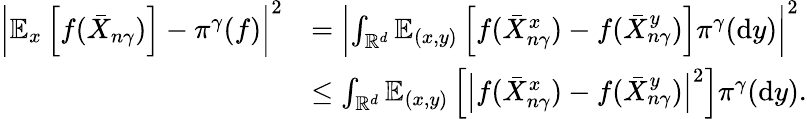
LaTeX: \begin{array}{rl}{\left|\mathbb{E}_{x}\left[f(\bar{X}_{n\gamma})\right]-\pi^{\gamma}(f)\right|^{2}}&{=\left|\int_{\mathbb{R}^{d}}\mathbb{E}_{(x,y)}\left[f(\bar{X}_{n\gamma}^{x})-f(\bar{X}_{n\gamma}^{y})\right]\pi^{\gamma}(\mathrm{d}y)\right|^{2}}\\ &{\le\int_{\mathbb{R}^{d}}\mathbb{E}_{(x,y)}\left[\left|f(\bar{X}_{n\gamma}^{x})-f(\bar{X}_{n\gamma}^{y})\right|^{2}\right]\pi^{\gamma}(\mathrm{d}y).}\end{array}